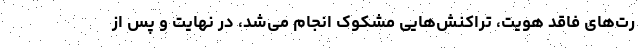
رت‌های فاقد هویت، تراکنش‌هایی مشکوک انجام می‌شد، در نهایت و پس از